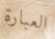
العبارة